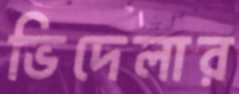
ভিদেলার